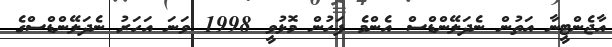
އާޖެންޓީނާ އަތުން ނެދަލޭންޑްސް އެންމެ ފަހުން މޮޅުވީ 1998 ވަނަ އަހަރު ނެދަލޭންޑްސްގެ